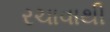
રચાવાથી